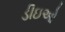
ડીઇઓ